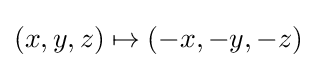
(x,y,z)\mapsto (-x,-y,-z)